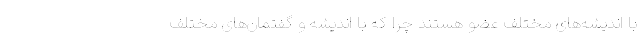
با اندیشه‌های مختلف عضو هستند چرا که با اندیشه و گفتمان‌های مختلف